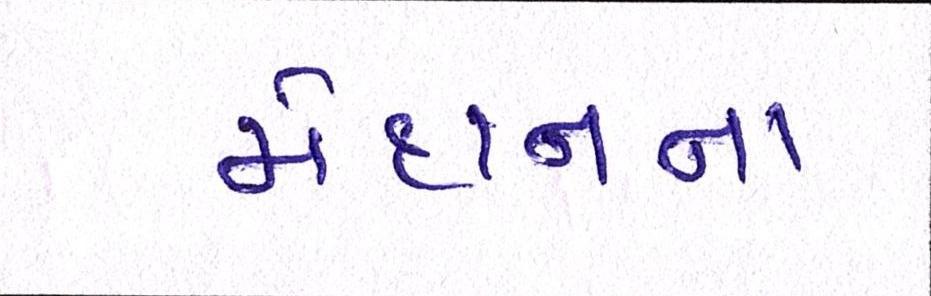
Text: મેદાનના